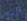
الذي